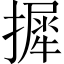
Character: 摨